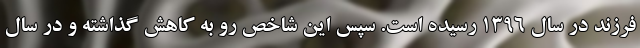
فرزند در سال ١٣٩٦ رسیده است. سپس این شاخص رو به کاهش گذاشته و در سال